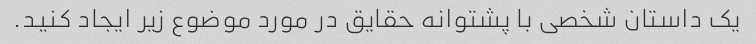
یک داستان شخصی با پشتوانه حقایق در مورد موضوع زیر ایجاد کنید.